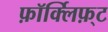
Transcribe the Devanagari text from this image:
फ़ॉर्क्लिफ़्ट